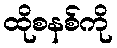
ထိုစနစ်ကို